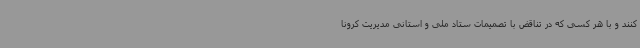
کنند و با هر کسی که در تناقض با تصمیمات ستاد ملی و استانی مدیریت کرونا